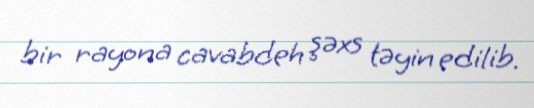
bir rayona cavabdeh şəxs təyin edilib.